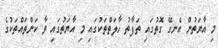
މި އާޔަތުން އެނގޭ ގޮތުގައި ތަފާތު ހާލަތްތަކުގައި މި އާޔަތުގައި ވާ ކަންތައްތަކުގެ